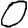
Digit: 0